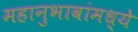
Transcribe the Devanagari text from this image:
महानुभावांमध्ये